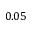
0 . 0 5